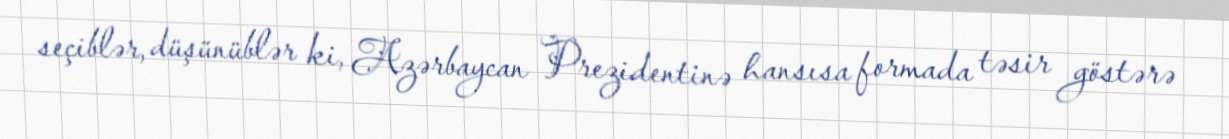
seçiblər, düşünüblər ki, Azərbaycan Prezidentinə hansısa formada təsir göstərə